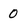
Character: 0